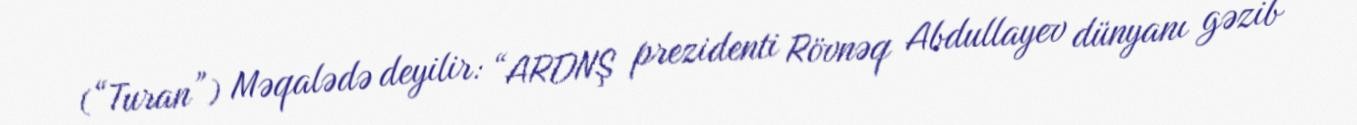
(“Turan”) Məqalədə deyilir: “ARDNŞ prezidenti Rövnəq Abdullayev dünyanı gəzib